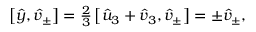
\begin{array} { r } { \left[ \hat { y } , \hat { v } _ { \pm } \right] = \frac { 2 } { 3 } \left[ \hat { u } _ { 3 } + \hat { v } _ { 3 } , \hat { v } _ { \pm } \right] = \pm \hat { v } _ { \pm } , } \end{array}